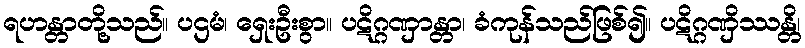
ရဟန္တာတို့သည်။ ပဌမံ၊ ရှေးဦးစွာ။ ပဋိဂ္ဂဏှာန္တာ၊ ခံကုန်သည်ဖြစ်၍။ ပဋိဂ္ဂဏှိဿန္တိ၊